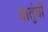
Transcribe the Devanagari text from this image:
वातुंची